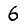
Digit: 6